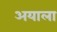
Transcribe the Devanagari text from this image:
अयाला